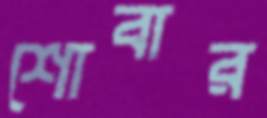
শোবার